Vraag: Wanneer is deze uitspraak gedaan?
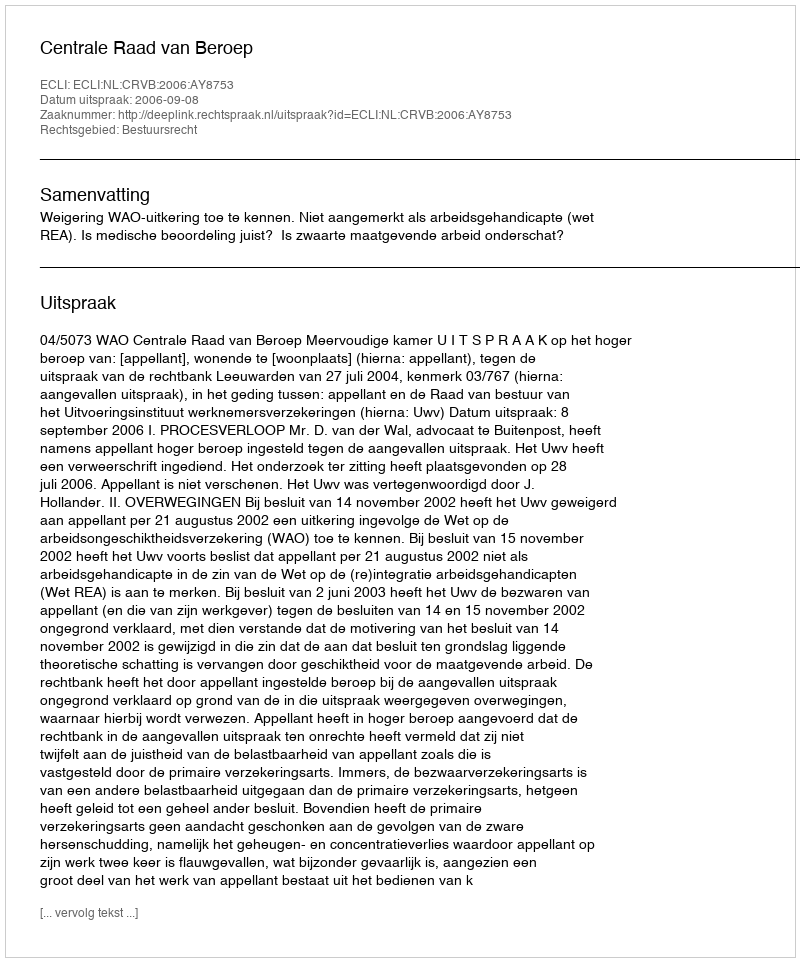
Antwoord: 2006-09-08